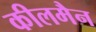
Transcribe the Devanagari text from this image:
कीलमैन